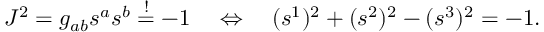
J ^ { 2 } = g _ { a b } s ^ { a } s ^ { b } \stackrel { ! } { = } - 1 \quad \Leftrightarrow \quad ( s ^ { 1 } ) ^ { 2 } + ( s ^ { 2 } ) ^ { 2 } - ( s ^ { 3 } ) ^ { 2 } = - 1 .